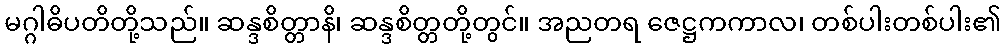
မဂ္ဂါဓိပတိတို့သည်။ ဆန္ဒစိတ္တာနိ၊ ဆန္ဒစိတ္တတို့တွင်။ အညတရ ဇေဋ္ဌကကာလ၊ တစ်ပါးတစ်ပါး၏